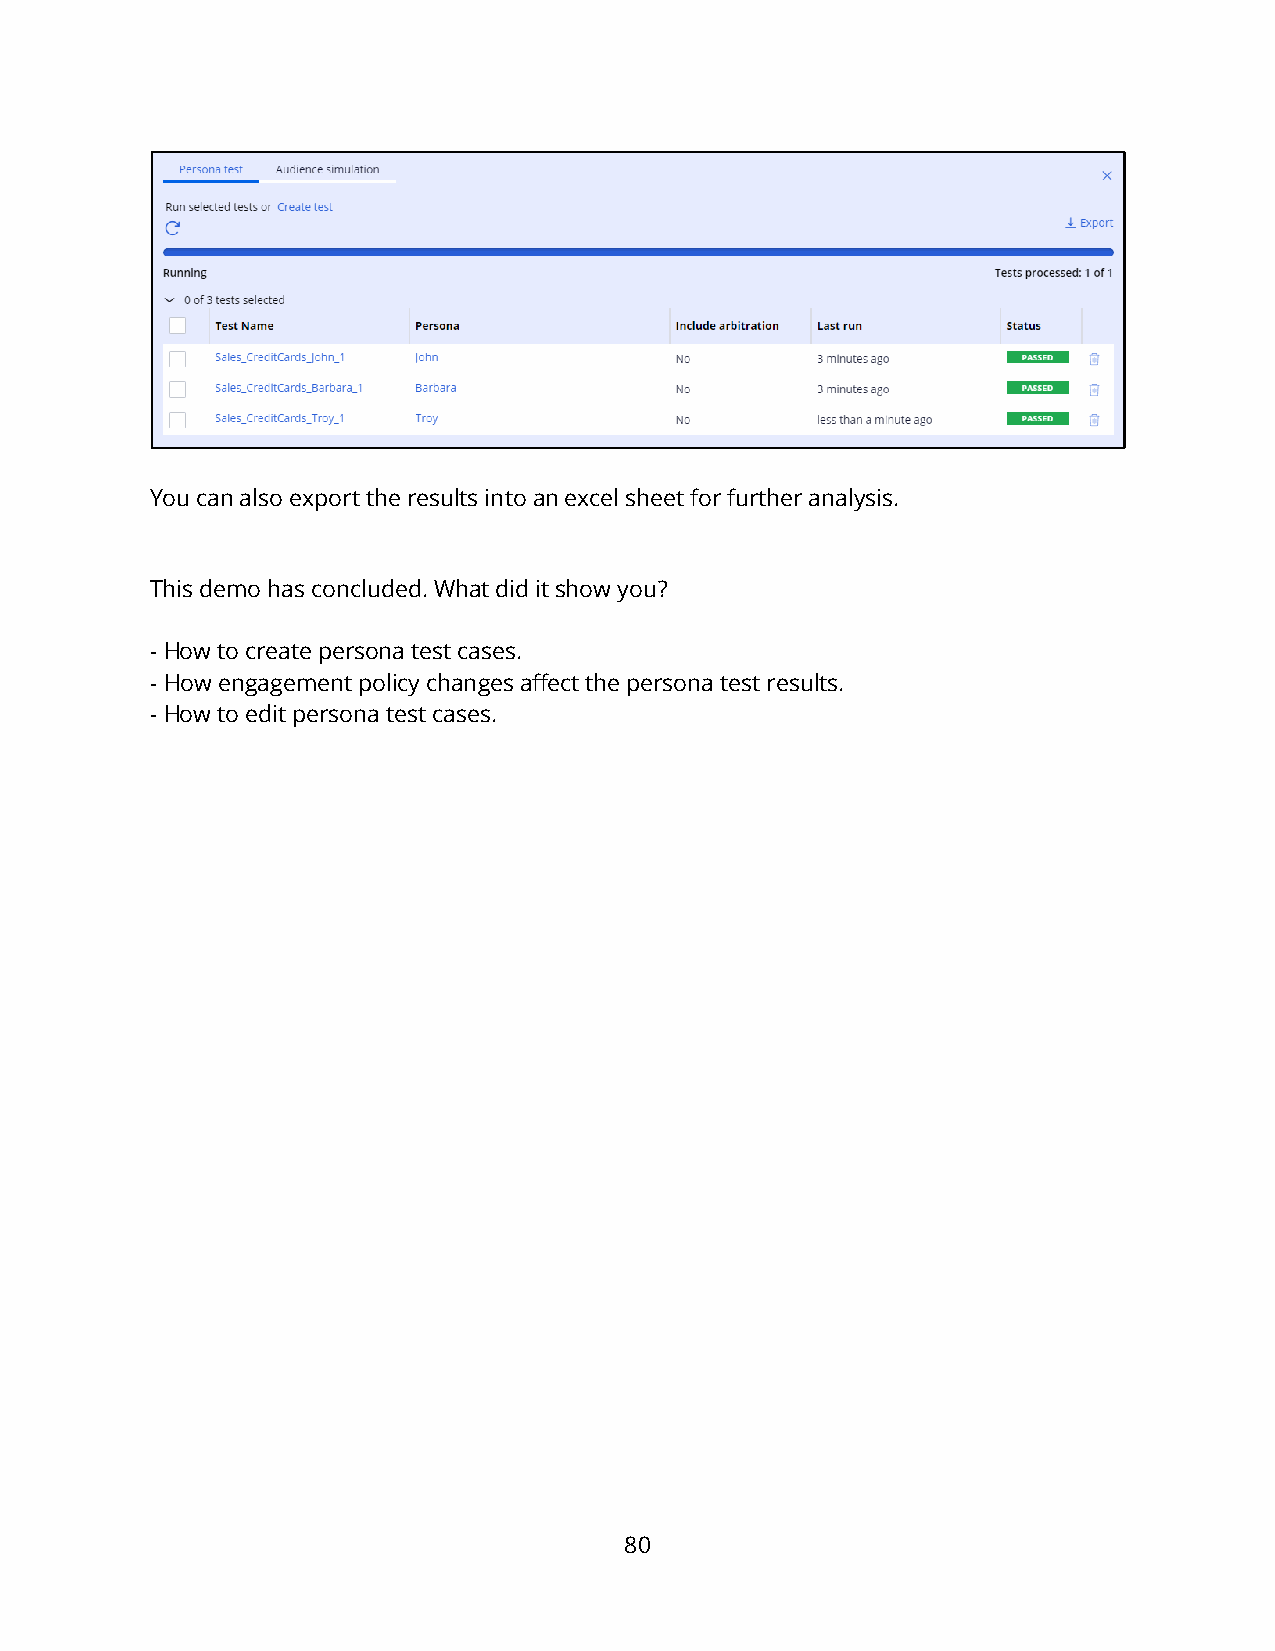
You can also export the results into an excel sheet for further analysis.
 This demo has concluded. What did it show you?
 - How to create persona test cases.
 - How engagement policy changes affect the persona test results.
 - How to edit persona test cases.
 80